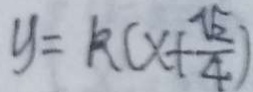
y = k ( x + \frac { \sqrt { 2 } } { 4 } )